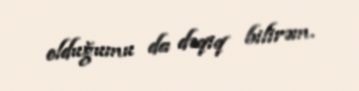
olduğumu da dəqiq bilirəm.